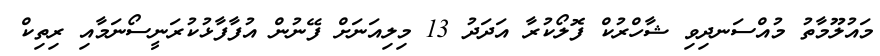
މައުލޫމާތު މުއްސަނދިވި ޝާހްރުކް ފޮލޯކުރާ އަދަދު 13 މިލިއަނަށް ފޭނުން އުފާފާޅުކުރަނީސޯނަމާއި ރިތިކް